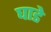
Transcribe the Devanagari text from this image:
घाडे